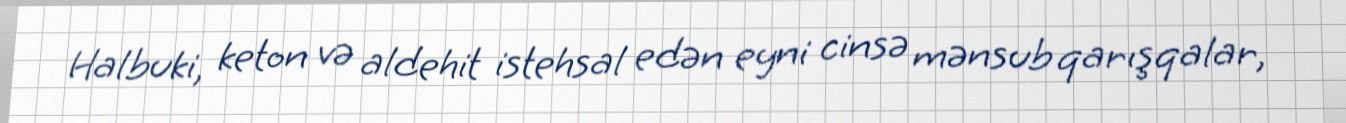
Halbuki, keton və aldehit istehsal edən eyni cinsə mənsub qarışqalar,